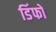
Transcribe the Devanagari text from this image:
डिंफो